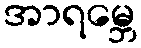
အာရမ္ဘေ